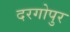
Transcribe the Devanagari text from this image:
दरगोपुर